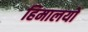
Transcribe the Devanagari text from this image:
हिमालयो